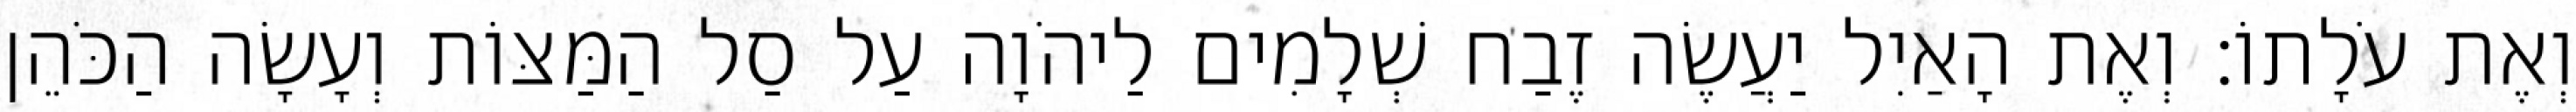
וְאֶת עֹלָתוֹ׃ וְאֶת הָאַיִל יַעֲשֶׂה זֶבַח שְׁלָמִים לַיהֹוָה עַל סַל הַמַּצּוֹת וְעָשָׂה הַכֹּהֵן